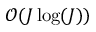
\mathcal { O } ( J \log ( J ) )